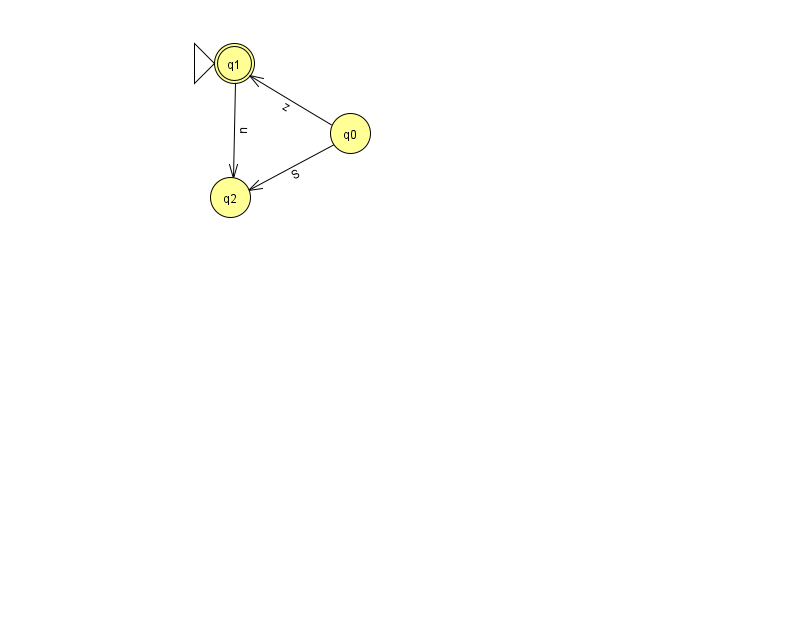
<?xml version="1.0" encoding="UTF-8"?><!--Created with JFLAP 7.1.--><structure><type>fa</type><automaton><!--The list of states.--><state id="0" name="q0"><x>350.0</x><y>120.0</y></state><state id="1" name="q1"><x>234.0</x><y>50.0</y><initial/><final/></state><state id="2" name="q2"><x>230.0</x><y>184.0</y></state><!--The list of transitions.--><transition><from>0</from><to>2</to><read>S</read></transition><transition><from>0</from><to>1</to><read>z</read></transition><transition><from>1</from><to>2</to><read>n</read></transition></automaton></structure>